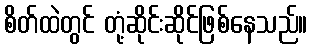
စိတ်ထဲတွင် တုံ့ဆိုင်းဆိုင်ဖြစ်နေသည်။